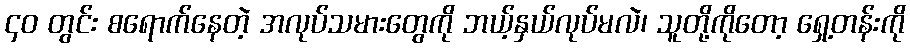
၄၀ တွင်း စရောက်နေတဲ့ အလုပ်သမားတွေကို ဘယ့်နှယ်လုပ်မလဲ၊ သူတို့ကိုတော့ ရှေ့တန်းကို